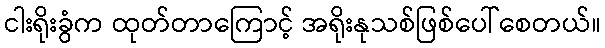
ငါးရိုးခွံက ထုတ်တာကြောင့် အရိုးနုသစ်ဖြစ်ပေါ်စေတယ်။